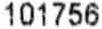
101756